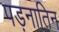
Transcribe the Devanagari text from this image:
पड़नातिन